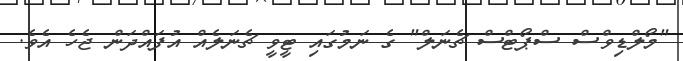
"މޯލްޑިވްސް ސްޕޯޓްސް ޗެނަލް" ގެ ނަމުގައި ޓީވީ ޗެނަލެއް އުފައްދަން ޖެހެ އެވެ.